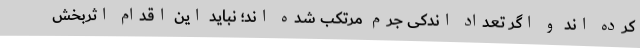
کرده اند و اگر تعداد اندکی جرم مرتکب شده اند؛ نباید این اقدام اثربخش